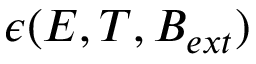
\epsilon ( E , T , \boldsymbol { B _ { e x t } } )